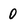
Character: 0